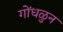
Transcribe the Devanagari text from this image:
गोंधळुन